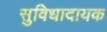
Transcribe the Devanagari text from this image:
सुविधादायक